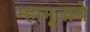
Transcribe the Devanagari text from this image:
म्हाभूताचे